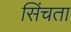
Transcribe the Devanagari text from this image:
सिंचता